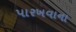
પારખવાના